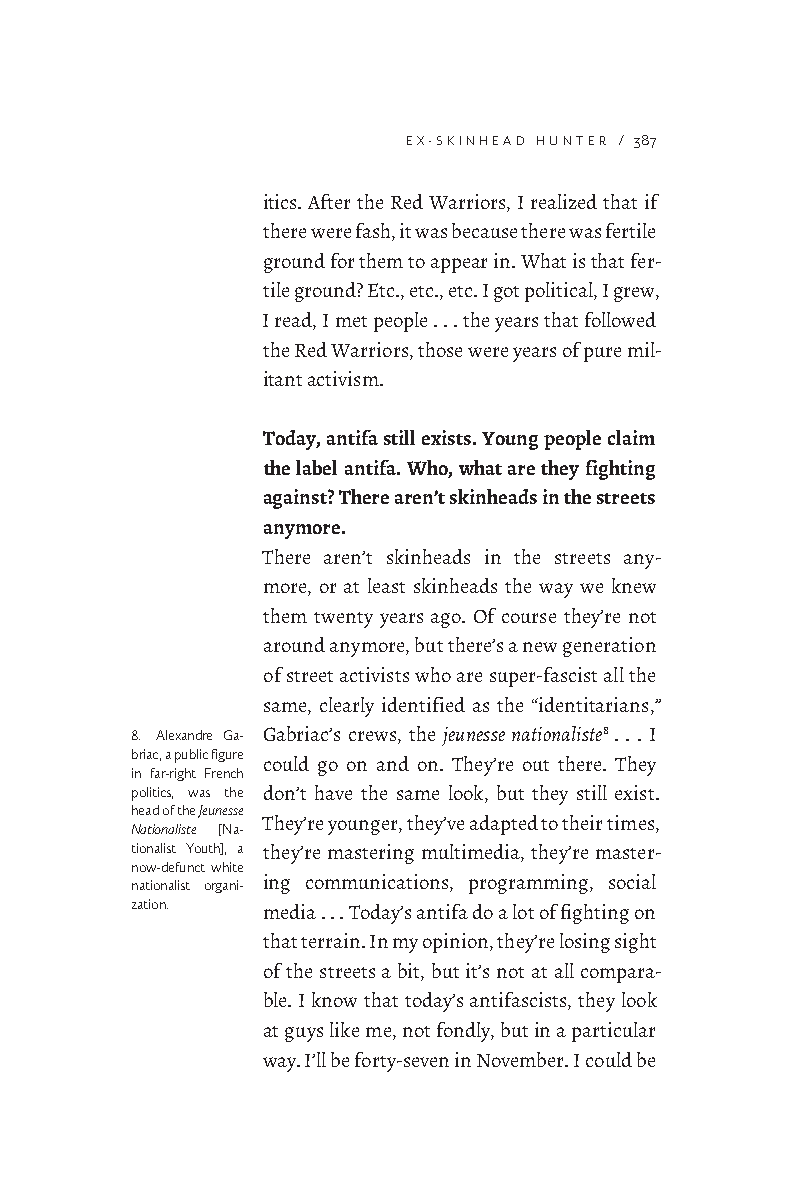
EX-SKINHEAD HUNTER / 387
 itics. After the Red Warriors, I realized that if
 there were fash, it was because there was fertile
 ground for them to appear in. What is that fer-
 tile ground? Etc., etc., etc. I got political, I grew,
 I read, I met people . . . the years that followed
 the Red Warriors, those were years of pure mil-
 itant activism.
 Today, antifa still exists. Young people claim
 the label antifa. Who, what are they fighting
 against? There aren’t skinheads in the streets
 anymore.
 There aren’t skinheads in the streets any-
 more, or at least skinheads the way we knew
 them twenty years ago. Of course they’re not
 around anymore, but there’s a new generation
 of street activists who are super-fascist all the
 same, clearly identified as the “identitarians,”
 8. Alexandre Ga- Gabriac’s crews, the jeunesse nationaliste8 . . . I
 briac, a public figure
 could go on and on. They’re out there. They
 in far-right French
 politics, was the don’t have the same look, but they still exist.
 head of the Jeunesse
 They’re younger, they’ve adapted to their times,
 Nationaliste [Na-
 tionalist Youth], a they’re mastering multimedia, they’re master-
 now-defunct white
 nationalist organi- ing communications, programming, social
 zation. media . . . Today’s antifa do a lot of fighting on
 that terrain. In my opinion, they’re losing sight
 of the streets a bit, but it’s not at all compara-
 ble. I know that today’s antifascists, they look
 at guys like me, not fondly, but in a particular
 way. I’ll be forty-seven in November. I could be